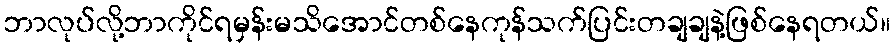
ဘာလုပ်လို့ဘာကိုင်ရမှန်းမသိအောင်တစ်နေကုန်သက်ပြင်းတချချနဲ့ဖြစ်နေရတယ်။